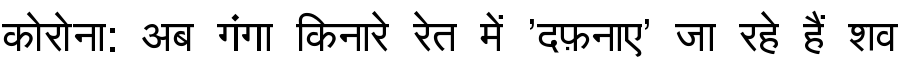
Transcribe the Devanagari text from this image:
कोरोना: अब गंगा किनारे रेत में 'दफ़नाए' जा रहे हैं शव